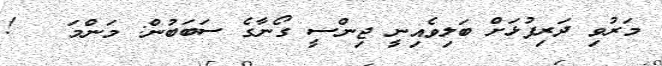
މަރުވި ދަރިފުޅަށް ބަލިވެއިނީ ޖިންސީ ގޯނާގެ ސަބަބުން: މަންމަ   !